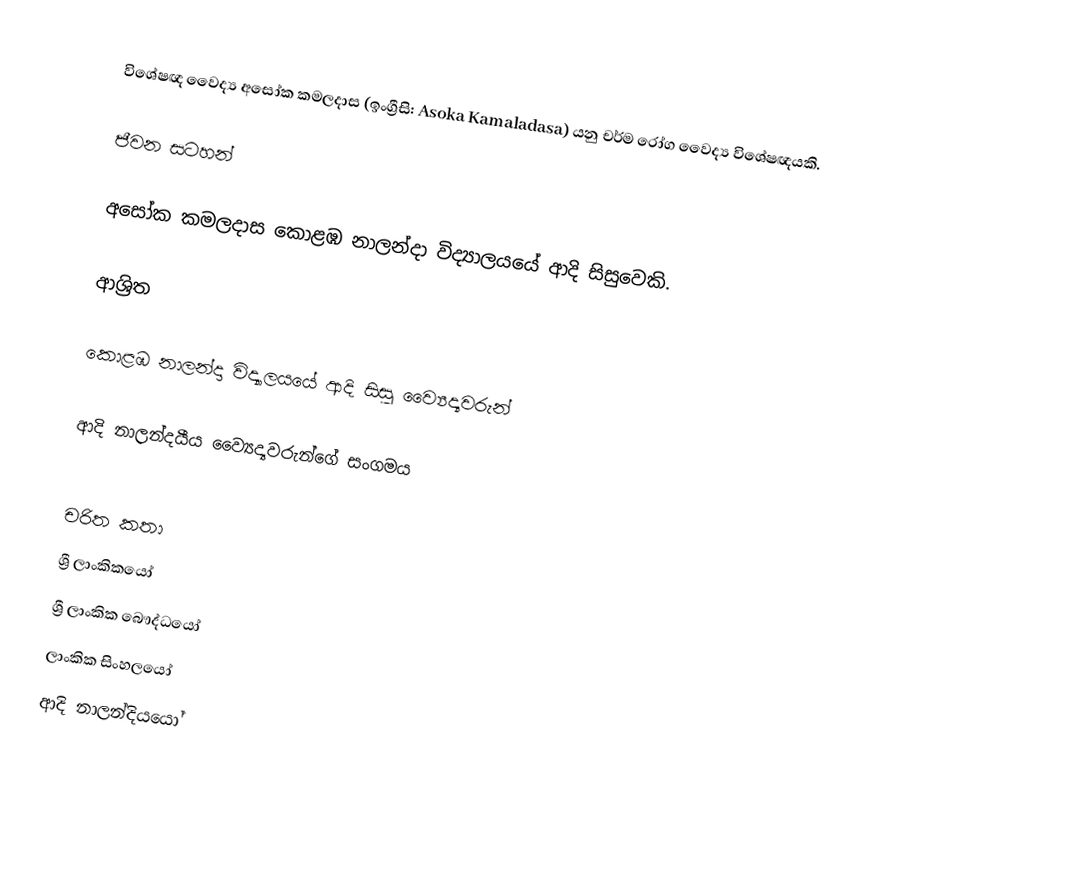
විශේෂඥ වෛද්‍ය අසෝක කමලදාස (ඉංග්‍රීසි: Asoka Kamaladasa) යනු චර්ම රෝග වෛද්‍ය විශේෂඥයකි.

ජීවන සටහන්

අසෝක කමලදාස  කොළඹ නාලන්දා විද්‍යාලයයේ ආදි සිසුවෙකි.

ආශ්‍රිත

 කොළඹ නාලන්දා විද්‍යාලයයේ ආදි සිසු ව්‍යෛද්‍යවරුන්

 ආදි නාලන්දයීය ව්‍යෛද්‍යවරුන්ගේ සංගමය

චරිත කතා
ශ්‍රී ලාංකිකයෝ
ශ්‍රී ලාංකික බෞද්ධයෝ
ලාංකික සිංහලයෝ
ආදි නාලන්දියයෝ